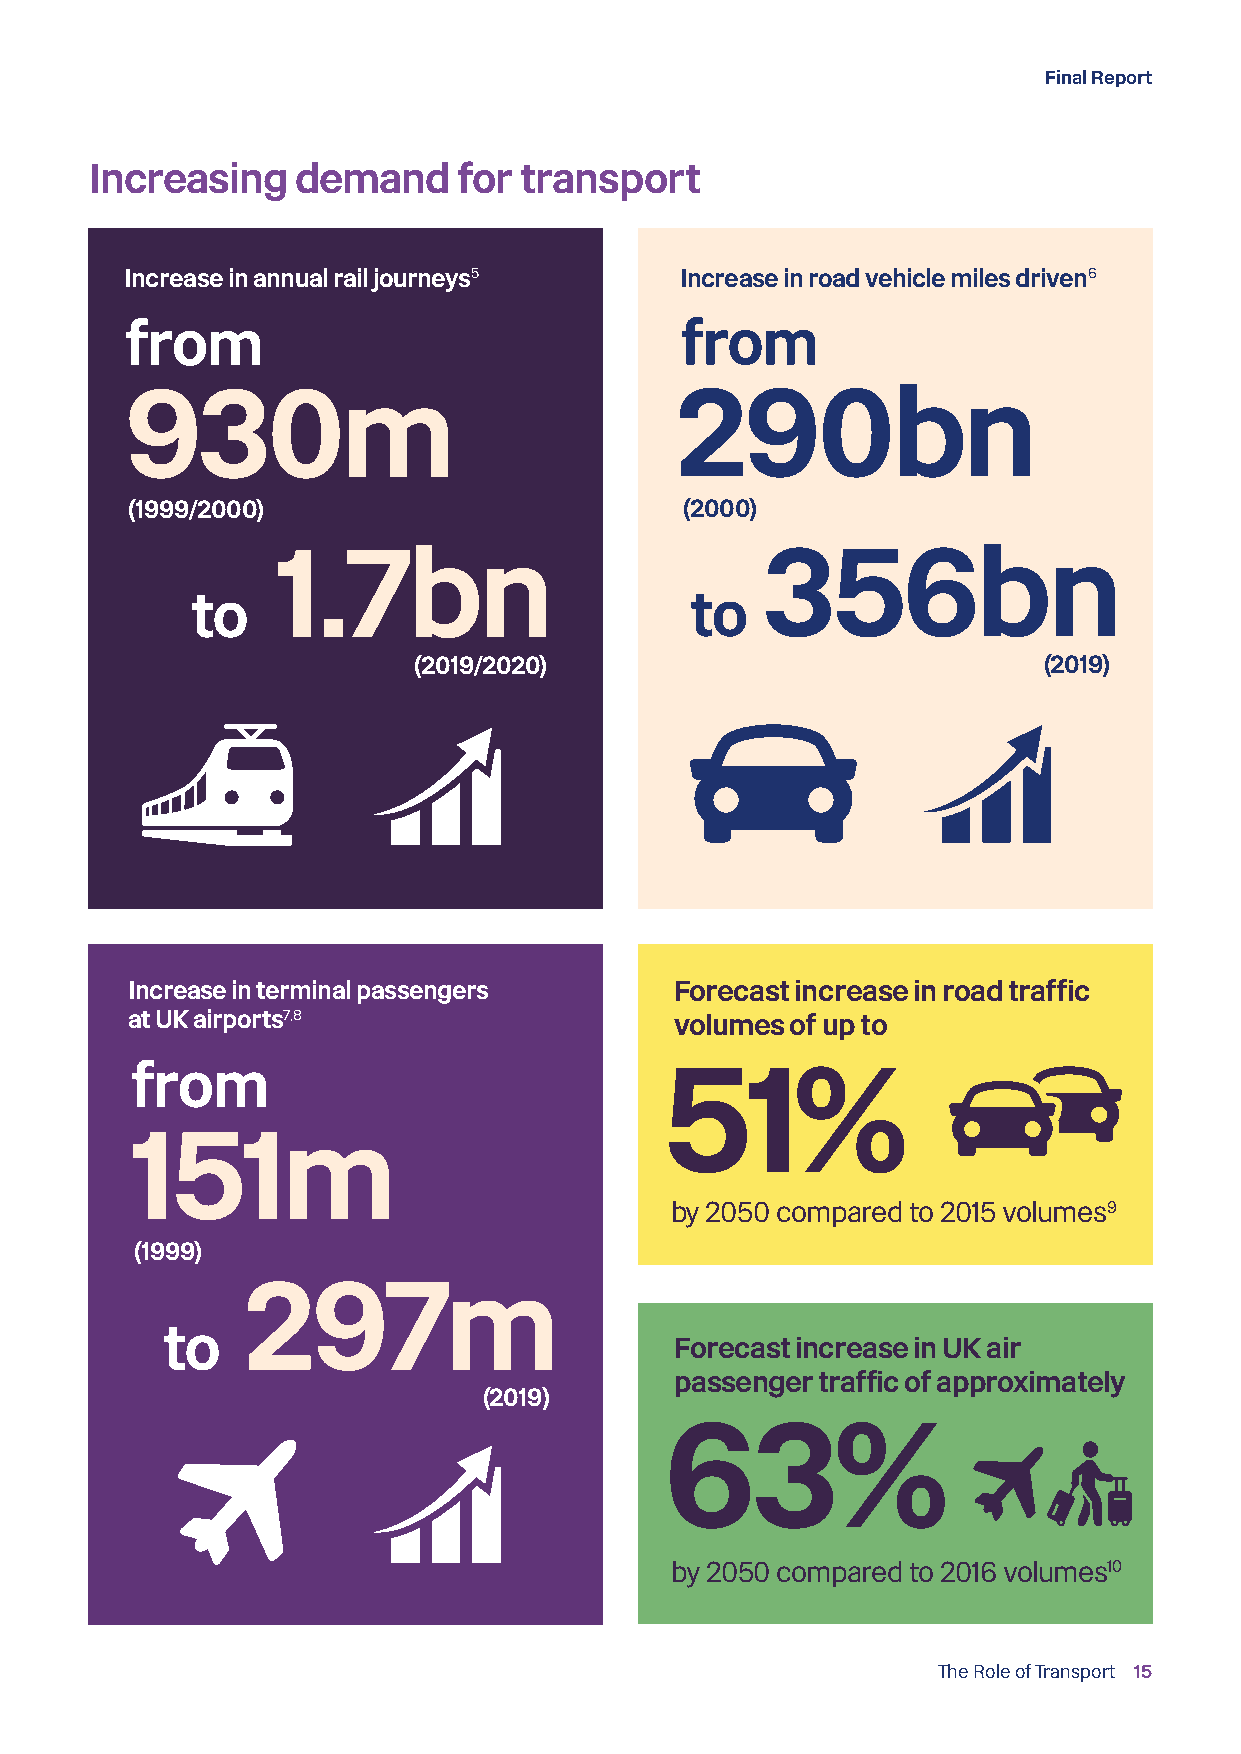
Final Report
 Increasing   demand     for transport
 Increase in annual rail journeys5    Increase in road vehicle miles driven6
 from                                 from
 930m                                 290bn
 (1999/2000)                          (2000)
 1.7bn                           356bn
 to                               to
 (2019/2020)                               (2019)
 Increase in terminal passengers      Forecast increase in road traffic
 at UK airports7,8                    volumes of up to
 from                               51%
 151m
 by 2050 compared to 2015 volumes9
 (1999)
 297m
 to
 Forecast increase in UK air
 passenger traffic of approximately
 (2019)
 63%
 by 2050 compared to 2016 volumes10
 The Role of Transport 15